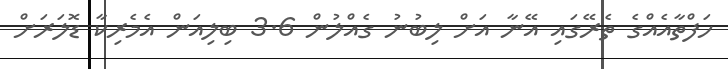
ހަފްތާއެއްގެ ތެރޭގައި އޭނާ އަށް ލިބުނު ގެއްލުން 3.6 ބިލިއަން އެމެރިކާ ޑޮލަރަށް